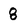
Character: 8